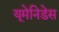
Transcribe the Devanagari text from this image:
यूमेनिडेस